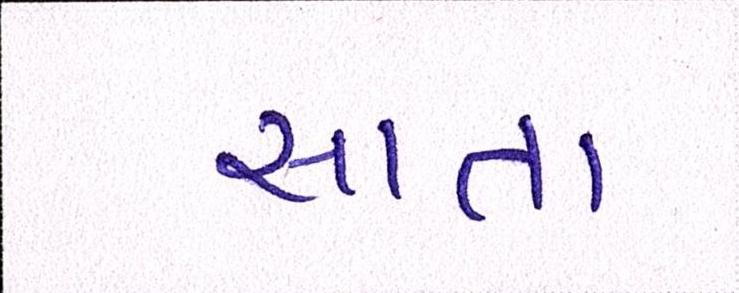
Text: સાતા